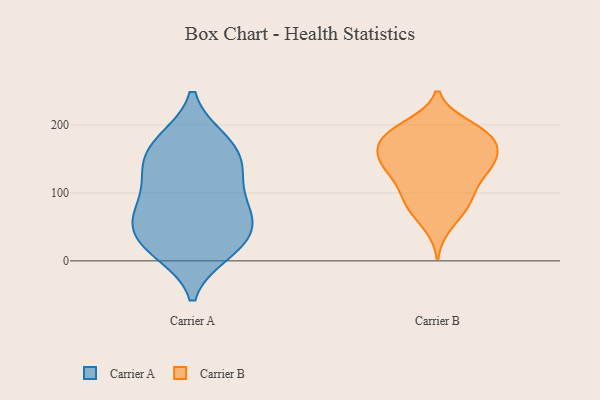
{"axis": {"x": "Satisfaction Score", "y": "Value"}, "legend": ["Carrier A", "Carrier B"], "data": [{"x": "", "y": 20, "type": "Carrier A"}, {"x": "", "y": 84, "type": "Carrier A"}, {"x": "", "y": 14, "type": "Carrier A"}, {"x": "", "y": 79, "type": "Carrier A"}, {"x": "", "y": 12, "type": "Carrier A"}, {"x": "", "y": 129, "type": "Carrier A"}, {"x": "", "y": 58, "type": "Carrier A"}, {"x": "", "y": 141, "type": "Carrier A"}, {"x": "", "y": 44, "type": "Carrier A"}, {"x": "", "y": 177, "type": "Carrier A"}, {"x": "", "y": 131, "type": "Carrier A"}, {"x": "", "y": 58, "type": "Carrier A"}, {"x": "", "y": 36, "type": "Carrier A"}, {"x": "", "y": 82, "type": "Carrier A"}, {"x": "", "y": 174, "type": "Carrier A"}, {"x": "", "y": 138, "type": "Carrier A"}, {"x": "", "y": 178, "type": "Carrier A"}, {"x": "", "y": 177, "type": "Carrier B"}, {"x": "", "y": 140, "type": "Carrier B"}, {"x": "", "y": 187, "type": "Carrier B"}, {"x": "", "y": 97, "type": "Carrier B"}, {"x": "", "y": 186, "type": "Carrier B"}, {"x": "", "y": 85, "type": "Carrier B"}, {"x": "", "y": 163, "type": "Carrier B"}, {"x": "", "y": 121, "type": "Carrier B"}, {"x": "", "y": 132, "type": "Carrier B"}, {"x": "", "y": 54, "type": "Carrier B"}, {"x": "", "y": 91, "type": "Carrier B"}, {"x": "", "y": 146, "type": "Carrier B"}, {"x": "", "y": 192, "type": "Carrier B"}, {"x": "", "y": 159, "type": "Carrier B"}, {"x": "", "y": 150, "type": "Carrier B"}, {"x": "", "y": 76, "type": "Carrier B"}, {"x": "", "y": 182, "type": "Carrier B"}, {"x": "", "y": 198, "type": "Carrier B"}, {"x": "", "y": 135, "type": "Carrier B"}]}